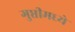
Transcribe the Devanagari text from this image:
गुप्तीमध्ये